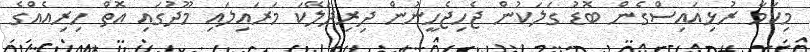
މިކަމާ ރުޅިއައިސްގެން ބޮޑު ގަލަކުން ޖެހިޖެހީނުން ދިރިދަލޭކަ މަރައިލައި މޫދުގައި އޮތް ހިރިއެއްގެ